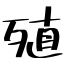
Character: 殖